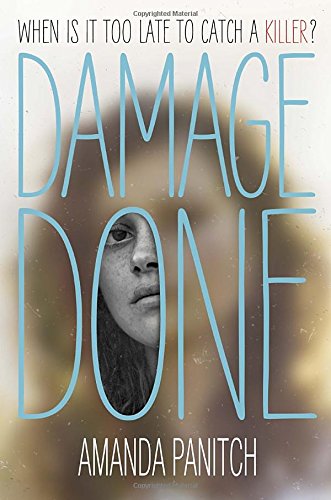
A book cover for Damage Done; Amanda Panitch; Teen & Young Adult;